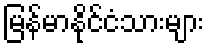
မြန်မာနိုင်ငံသားများ